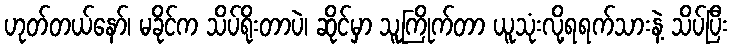
ဟုတ်တယ်နော်၊ မခိုင်က သိပ်ရိုးတာပဲ၊ ဆိုင်မှာ သူကြိုက်တာ ယူသုံးလို့ရရက်သားနဲ့ သိပ်ပြီး